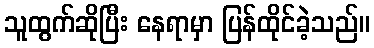
သူထွက်ဆိုပြီး နေရာမှာ ပြန်ထိုင်ခဲ့သည်။